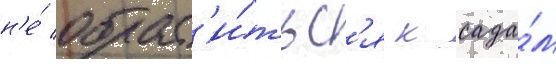
н'е́ обрат'и́тьс'я к сада́м